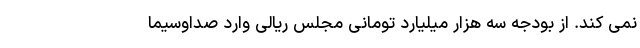
نمی کند. از بودجه سه هزار میلیارد تومانی مجلس ریالی وارد صداوسیما